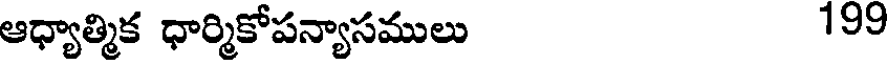
ఆధ్యాత్మిక ధార్మికోపన్యాసములు 199